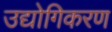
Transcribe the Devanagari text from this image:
उद्योगिकरण